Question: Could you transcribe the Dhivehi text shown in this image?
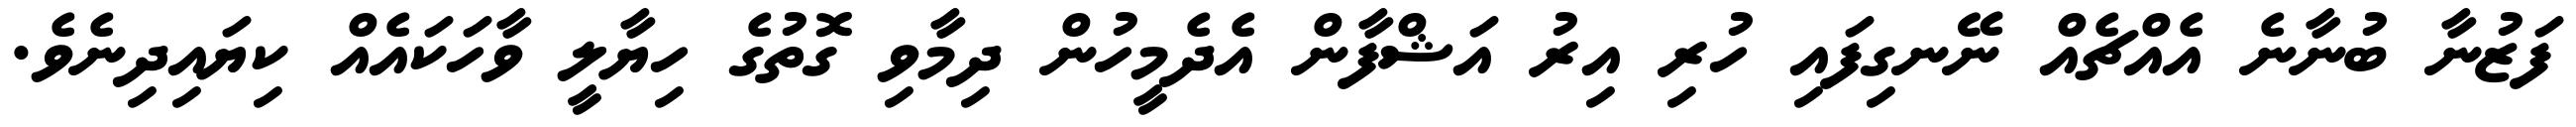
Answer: ފަޒުނާ ބުނާނެ އެއްޗެއް ނޭނގިފައި ހުރި އިރު އަޝްފާން އެދެމީހުން ދިމާވި ގޮތުގެ ހިޔާލީ ވާހަކައެއް ކިޔައިދިނެވެ.